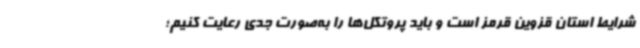
شرایط استان قزوین قرمز است و باید پروتکل‌ها را به‌صورت جدی رعایت کنیم؛